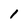
Character: 1